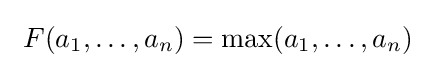
\ F(a_{1},\ldots ,a_{n})=\max(a_{1},\ldots ,a_{n})